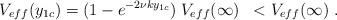
LaTeX: \begin{align*}V_{eff}(y_{1c}) = (1 - e^{- 2 \nu k y_{1c}}) \; V_{eff}(\infty) \; \; < V_{eff}(\infty) \; .\end{align*}